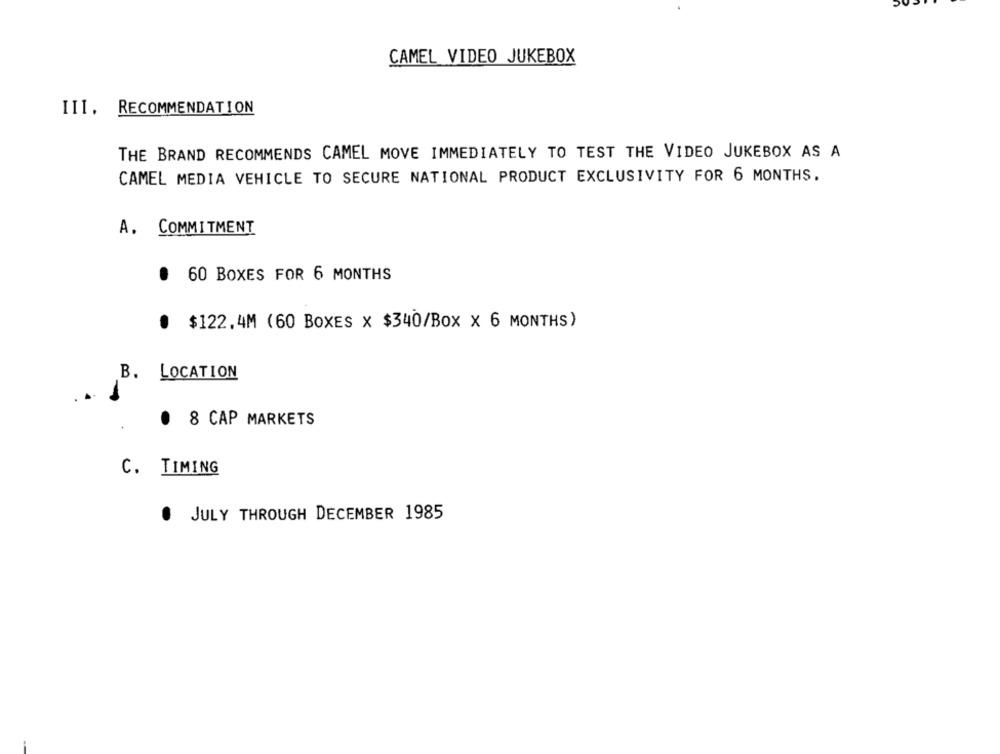
CAMEL VIDEO JUKEBOX
III. RECOMMENDATION
THE BRAND RECOMMENDS CAMEL MOVE IMMEDIATELY TO TEST THE VIDEO JUKEBOX AS A
CAMEL MEDIA VEHICLE TO SECURE NATIONAL PRODUCT EXCLUSIVITY FOR 6 MONTHS.
A. COMMITMENT
. 60 BOXES FOR 6 MONTHS
@ $122.4M (60 BOXES X $340/Box x 6 MONTHS)
B. LOCATION
.
8 CAP MARKETS
C. TIMING
JULY THROUGH DECEMBER 1985